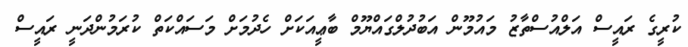
ކުރީގެ ރައީސް އަލްއުސްތާޒު މައުމޫން އަބުދުލްގައްޔޫމް ބާޢީއަކަށް ހެދުމަށް މަސައްކަތް ކުރަމުންދަނީ ރައީސް